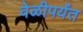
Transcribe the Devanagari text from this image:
वेळीपर्यंत